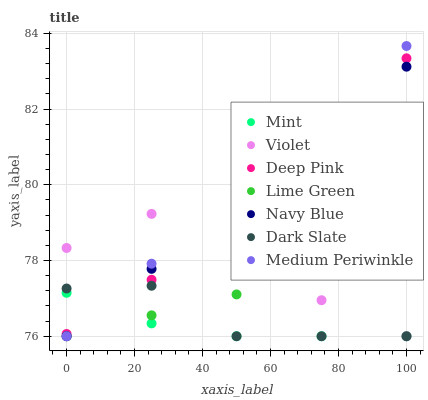
| xaxis_label | Mint | Violet | Deep Pink | Lime Green | Navy Blue | Dark Slate | Medium Periwinkle |
 | --- | --- | --- | --- | --- | --- | --- | --- |
 | 0 | 77.1 | 78.3 | 76.1 | 76 | 76 | 77.3 | 76 |
 | 25 | 76.3 | 79.2 | 77.5 | 76.6 | 77.8 | 77.3 | 77.9 |
 | 50 | 76 | 78.8 | 79.4 | 77.1 | 79.6 | 76 | 79.8 |
 | 75 | 76 | 77 | 81.9 | 77.7 | 81.3 | 76 | 81.7 |
 | 100 | 76 | 76 | 83.3 | 78.2 | 83.1 | 76 | 83.7 |